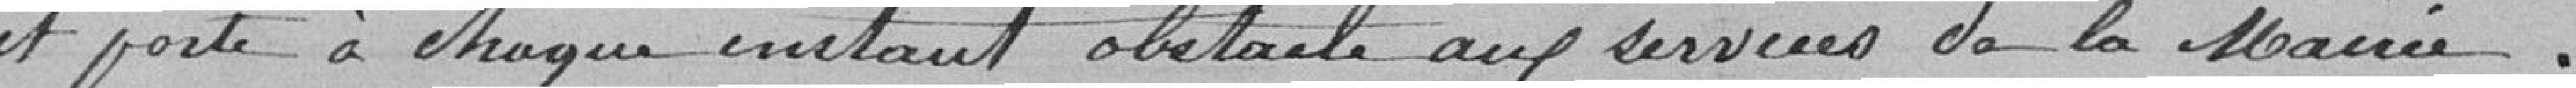
et porte à chaque instante obstacle aux services de la Mairie.